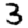
Digit: 3